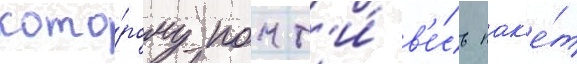
кото́рому почт'и́ в'е́сь пак'е́т